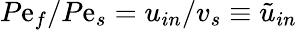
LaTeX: P\mathrm{e}_{f}/P\mathrm{e}_{s}=u_{in}/v_{s}\equiv\tilde{{u}}_{in}